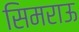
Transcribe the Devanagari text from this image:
सिमराऊ